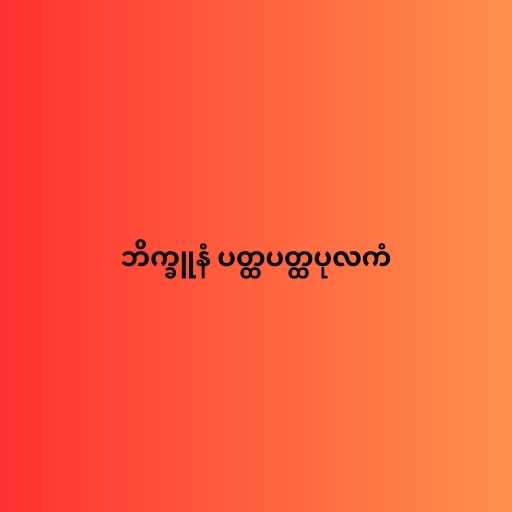
ဘိက္ခူနံ ပတ္ထပတ္ထပုလကံ